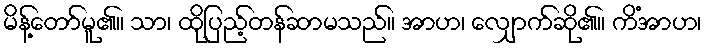
မိန့်တော်မူ၏။ သာ၊ ထိုပြည့်တန်ဆာမသည်။ အာဟ၊ လျှောက်ဆို၏။ ကိံအာဟ၊